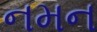
નમન